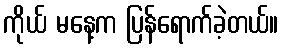
ကိုယ် မနေ့က ပြန်ရောက်ခဲ့တယ်။